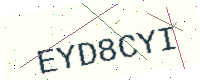
Text: EYD8CYI